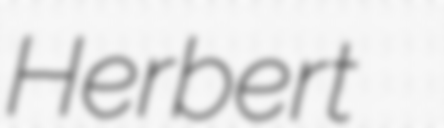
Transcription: Herbert